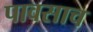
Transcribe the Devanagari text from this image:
पावसाच